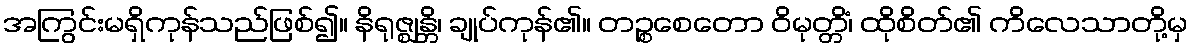
အကြွင်းမရှိကုန်သည်ဖြစ်၍။ နိရုဇ္ဈန္တိ၊ ချုပ်ကုန်၏။ တဉ္စစေတော ဝိမုတ္တိံ၊ ထိုစိတ်၏ ကိလေသာတို့မှ